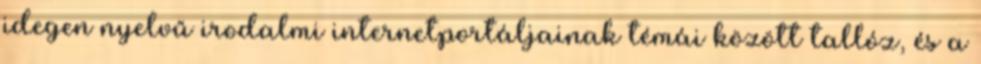
idegen nyelvű irodalmi internetportáljainak témái között tallóz, és a